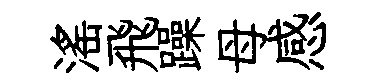
滛飛躁母感